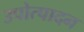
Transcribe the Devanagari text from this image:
उपोत्पादन